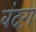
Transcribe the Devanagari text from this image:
बंदग़